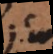
j